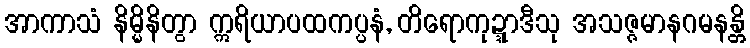
အာကာသံ နိမ္မိနိတွာ ဣရိယာပထကပ္ပနံ, တိရောကုဍ္ဍာဒီသု အသဇ္ဇမာနဂမနန္တိ